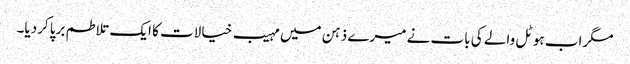
مگراب ہوٹل والے کی بات نے میرے ذہن میں مہیب خیالات کا ایک تلاطم برپا کردیا۔